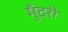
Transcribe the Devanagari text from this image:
मुँदरी